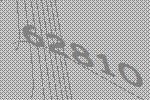
62810